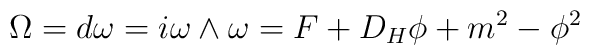
\Omega =d\omega =i\omega \wedge \omega =F +D_H \phi +m^2 -\phi^2